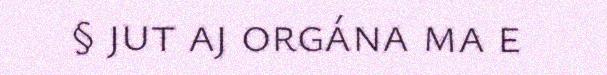
§ jut aj orgána ma e